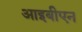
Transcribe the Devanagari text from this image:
आइबीएन